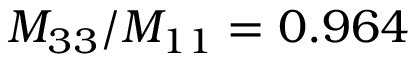
M _ { 3 3 } / M _ { 1 1 } = 0 . 9 6 4